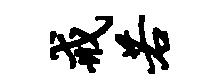
戒若